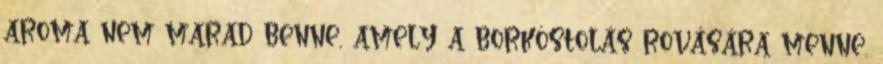
aroma nem marad benne, amely a borkóstolás rovására menne.